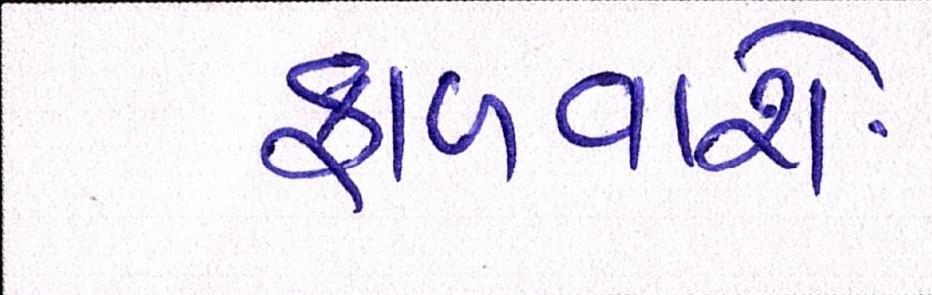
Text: ફાળવાશે